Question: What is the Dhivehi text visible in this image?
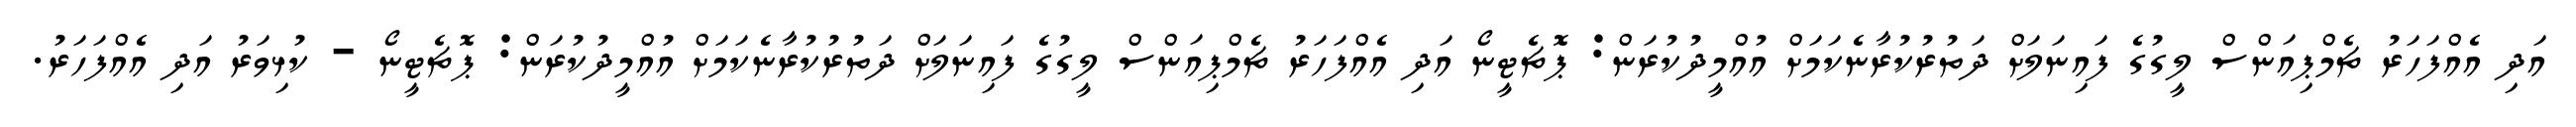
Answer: އަދި އެއްފަހަރު ޗެމްޕިއަންސް ލީގުގެ ފައިނަލަށް ދަތުރުކުރާނެކަމަށް އުއްމީދުކުރަން: ޕޮޗެޓީނޯ އަދި އެއްފަހަރު ޗެމްޕިއަންސް ލީގުގެ ފައިނަލަށް ދަތުރުކުރާނެކަމަށް އުއްމީދުކުރަން: ޕޮޗެޓީނޯ - ކުޅިވަރު އަދި އެއްފަހަރު.